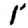
Digit: 1